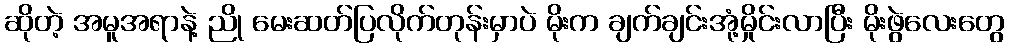
ဆိုတဲ့ အမူအရာနဲ့ ညို မေးဆတ်ပြလိုက်တုန်းမှာပဲ မိုးက ချက်ချင်းအုံ့မှိုင်းလာပြီး မိုးဖွဲလေးတွေ